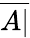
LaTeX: \overline{{A|}}